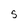
Character: S